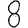
Digit: 8